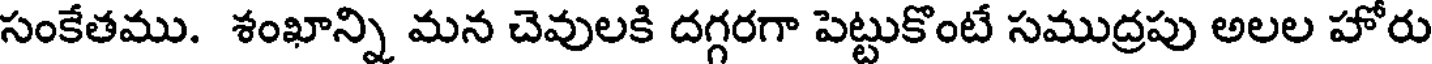
సంకేతము. శంఖాన్ని మన చెవులకి దగ్గరగా పెట్టుకొంటే సముద్రపు అలల హోరు